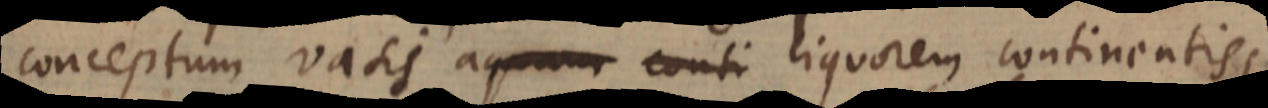
conceptum vasis aquam conti liquorem continentis;